Vaccination in Bombay 1924-1928 - 1924-1928
Year: 1924
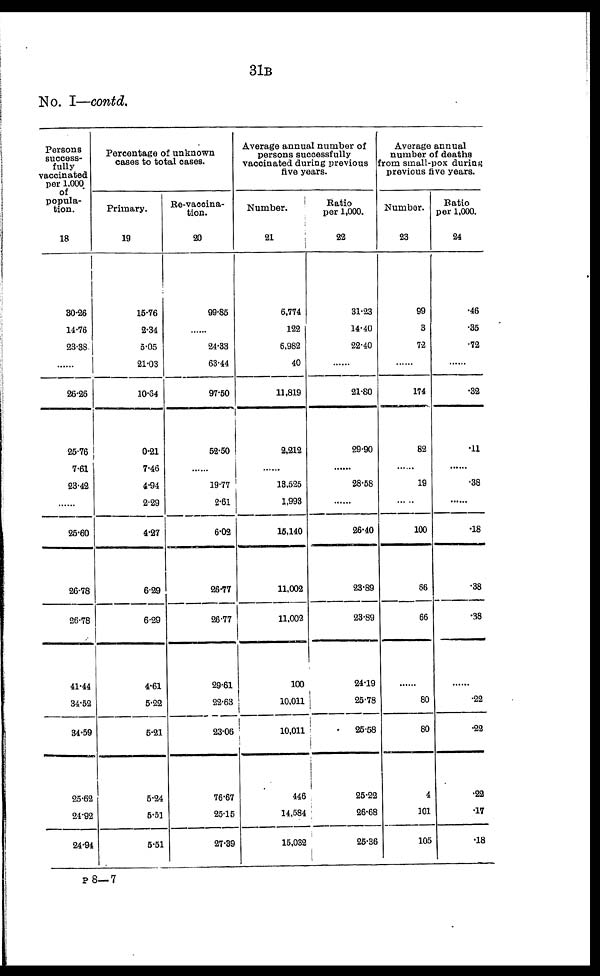
31B
No. I—contd.
Persons
success-
fully
vaccinated
per 1,000
of
popula-
tion.
18
30.26
14.76
23.38
......
26.26
25.76
7.61
23.42
......
26.60
26.78
26.78
41.44
34.52
34.59
25.62
24.92
24.94
Percentage of unknown
cases to total cases.
Primary.
19
15.76
2.34
5.05
21.03
10.64
0.21
7.46
4.94
2.29
4.27
6.29
6.29
4.61
5.22
5.21
5.24
5.51
5.51
Re-vaccina-
tion.
20
99.85
......
24.33
63.44
97.50
52.50
......
19.77
2.61
6.02
26.77
26.77
29.61
22.63
23.06
76.67
25.15
27.39
Average annual number of
persons successfully
vaccinated during previous
five years.
Number.
21
6,774
122
6,982
40
11,819
2,212
......
13,525
1,993
15,140
11,002
11,002
100
10,011
10,011
446
14,584
15,032
Ratio
per 1,000.
22
31.23
14.40
22.40
......
21.80
29.90
......
28.58
......
26.40
23.89
23.89
24.19
25.78
25.58
25.22
26.68
25.36
Average annual
number of deaths
from small-pox during
previous five years.
Number.
23
99
3
72
......
174
82
......
19
......
100
66
66
......
80
80
4
101
105
Ratio
per 1,000.
24
.46
.35
.72
......
.32
.11
......
.38
......
.18
.38
.38
......
.22
.22
.22
.17
.18
P 8—7